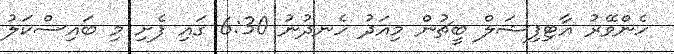
ހެންވޭރު އާޓިފިޝަލް ބީޗުން މިއަދު ހެނދުނު 6:30 ގައި ފެށި މި ބައިސްކަލު